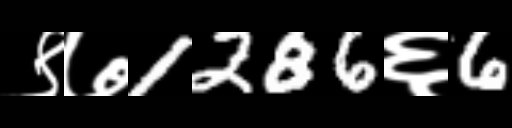
Text: ९७1286६6